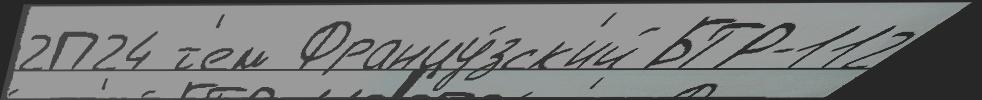
2П24 т'ем Францу́зск'ий БТР-112